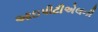
આઇપીટીએલની